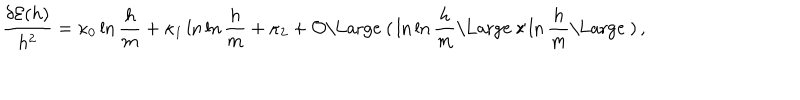
{ \frac { \delta { \cal E } ( h ) } { h ^ { 2 } } } = \kappa _ { 0 } \ln { \frac { h } { m } } + \kappa _ { 1 } \ln \ln { \frac { h } { m } } + \kappa _ { 2 } + { \cal O } { \mathrm { \Large ~ ( } } \ln \ln { \frac { h } { m } } { \mathrm { \Large ~ / } } \ln { \frac { h } { m } } { \mathrm { \Large ~ ) } } \, ,